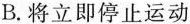
B.将立即停止运动